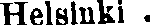
Helsinki .